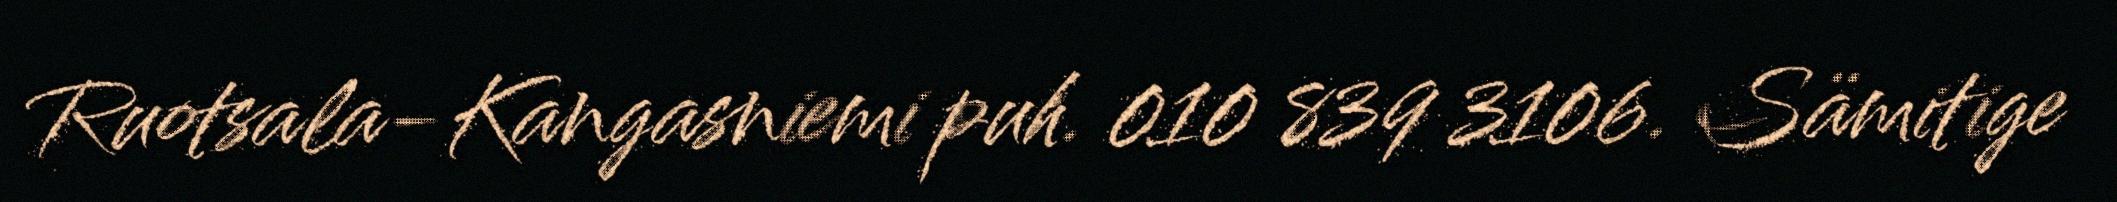
Ruotsala-Kangasniemi puh. 010 839 3106. Sämitige